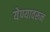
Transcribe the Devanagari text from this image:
येण्यावरून